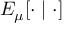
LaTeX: E _ { \mu } [ \cdot \mid \cdot ]